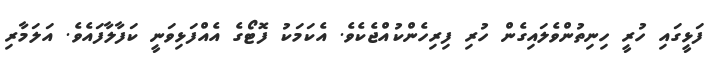
ފަޅީގައި ހުރީ ހިނިތުންވެލައިގެން ހުރި ފިރިހެންކުއްޖެކެވެ. އެކަމަކު ފޮޓޯގެ އެއްފަޅިވަނީ ކަފާލާފައެވެ. އަލަމާރި